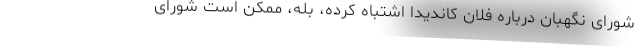
شورای نگهبان درباره فلان کاندیدا اشتباه کرده، بله، ممکن است شورای